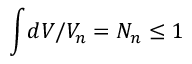
\int \! d V / { \cal V } _ { n } = N _ { n } \leq 1